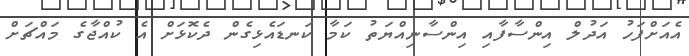
އެއަށްފަހު އަދުލް އިންސާފާއި އިންސާނިއްޔަތު ކަމާ ކަނޑައެޅިގެން ދެކޮޅަށް އެ ކުއްޖާގެ މައްޗަށް